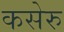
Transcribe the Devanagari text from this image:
कसेरु